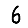
Digit: 6